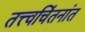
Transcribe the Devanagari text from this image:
तत्त्वचिंतनांत